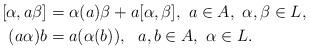
LaTeX: \begin{align*}[\alpha, a \beta] &=\alpha(a) \beta + a [\alpha, \beta],\ a \in A,\ \alpha, \beta \in L,\\(a\alpha)b &= a (\alpha(b)),\ \ a,b \in A,\ \alpha \in L.\end{align*}